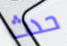
حدث